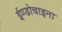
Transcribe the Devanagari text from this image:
ईण्डोचाइना